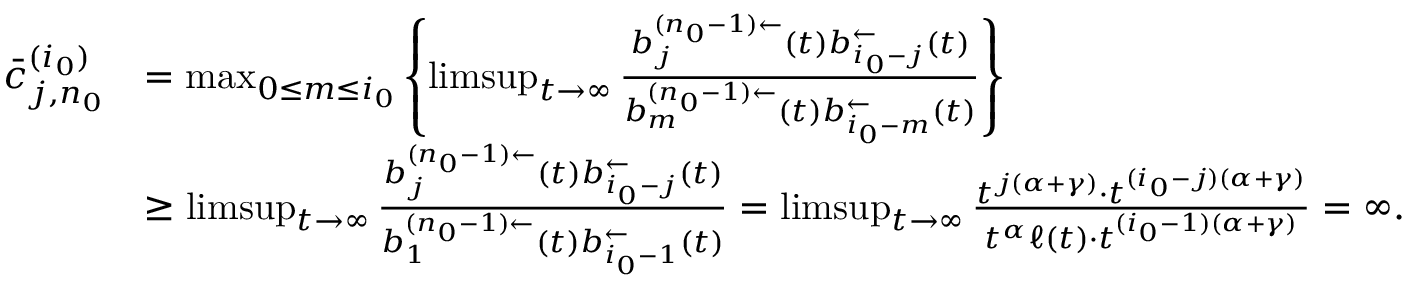
\begin{array} { r l } { \bar { c } _ { j , n _ { 0 } } ^ { ( i _ { 0 } ) } } & { = \operatorname* { m a x } _ { 0 \le m \le i _ { 0 } } \left\{ \operatorname* { l i m s u p } _ { t \to \infty } \frac { b _ { j } ^ { ( n _ { 0 } - 1 ) \leftarrow } ( t ) b _ { i _ { 0 } - j } ^ { \leftarrow } ( t ) } { b _ { m } ^ { ( n _ { 0 } - 1 ) \leftarrow } ( t ) b _ { i _ { 0 } - m } ^ { \leftarrow } ( t ) } \right\} } \\ & { \ge \operatorname* { l i m s u p } _ { t \to \infty } \frac { b _ { j } ^ { ( n _ { 0 } - 1 ) \leftarrow } ( t ) b _ { i _ { 0 } - j } ^ { \leftarrow } ( t ) } { b _ { 1 } ^ { ( n _ { 0 } - 1 ) \leftarrow } ( t ) b _ { i _ { 0 } - 1 } ^ { \leftarrow } ( t ) } = \operatorname* { l i m s u p } _ { t \to \infty } \frac { t ^ { j ( \alpha + \gamma ) } \cdot t ^ { ( i _ { 0 } - j ) ( \alpha + \gamma ) } } { t ^ { \alpha } \ell ( t ) \cdot t ^ { ( i _ { 0 } - 1 ) ( \alpha + \gamma ) } } = \infty . } \end{array}